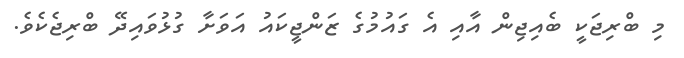
މި ބްރިޖަކީ ބެއިޖިން އާއި އެ ގައުމުގެ ޒަންޖީކައު އަވަށާ ގުޅުވައިދޭ ބްރިޖެކެވެ.